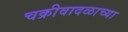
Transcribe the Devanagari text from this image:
चक्रीवादळाच्या